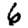
Digit: 6